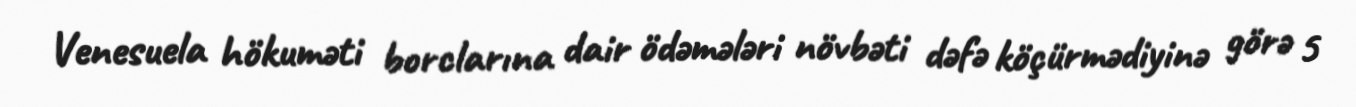
Venesuela hökuməti borclarına dair ödəmələri növbəti dəfə köçürmədiyinə görə 5